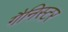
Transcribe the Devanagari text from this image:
गैनिस्टर